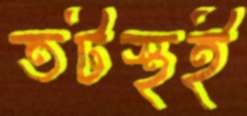
তটস্থই